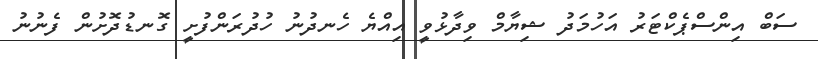
ސަބް އިންސްޕެކްޓަރު އަހުމަދު ޝިޔާމް ވިދާޅުވީ އިއްޔެ ހެނދުނު ހުދުރަންފުށީ ގޮނޑުދޮށުން ފެނުނު